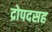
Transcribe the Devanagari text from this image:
द्रोपदसह